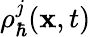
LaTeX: \rho_{\hbar}^{j}(\textbf{x},t)